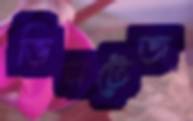
ভিনটেজ